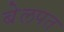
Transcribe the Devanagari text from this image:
बेलपत